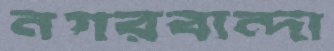
নগরবান্দা